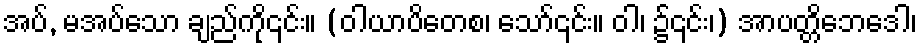
အပ်, မအပ်သော ချည်ကို၎င်း။ (ဝါယာပိတေစ၊ သော်၎င်း။ ဝါ၊ ၌၎င်း၊) အာပတ္တိဘေဒေါ၊